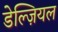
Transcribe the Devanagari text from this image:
डेल्ज़ियल